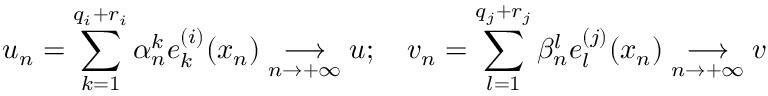
u _ { n } = \displaystyle { \sum _ { k = 1 } ^ { q _ { i } + r _ { i } } \alpha _ { n } ^ { k } e _ { k } ^ { ( i ) } ( x _ { n } ) } \underset { n \to + \infty } { \longrightarrow } u ; \quad v _ { n } = \displaystyle { \sum _ { l = 1 } ^ { q _ { j } + r _ { j } } \beta _ { n } ^ { l } e _ { l } ^ { ( j ) } ( x _ { n } ) } \underset { n \to + \infty } { \longrightarrow } v